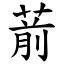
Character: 葥